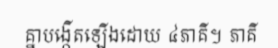
គ្នាបង្កើតឡើងដោយ ៤ភាគី។ ភាគី